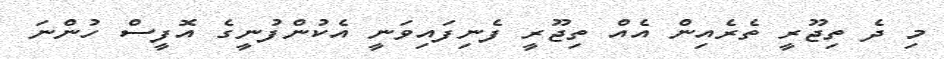
މި ދެ ތިޖޫރީ ތެރެއިން އެއް ތިޖޫރީ ފެނިފައިވަނީ އެކުންފުނީގެ އޮފީސް ހުންނަ